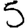
Digit: 5